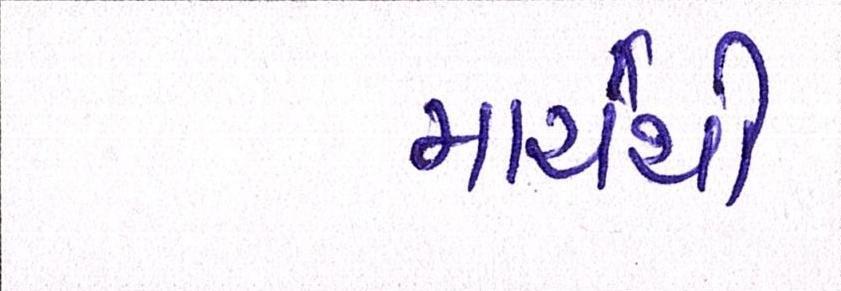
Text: માર્ચથી